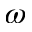
\omega